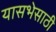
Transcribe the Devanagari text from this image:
यासभेसाठी